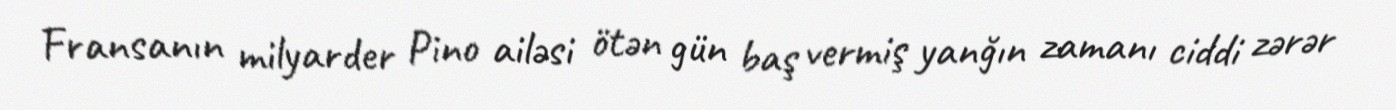
Fransanın milyarder Pino ailəsi ötən gün baş vermiş yanğın zamanı ciddi zərər